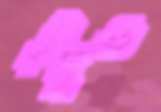
ঘুঘুও